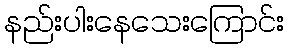
နည်းပါးနေသေးကြောင်း